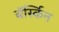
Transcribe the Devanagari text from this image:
बॅर्स्किन